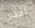
الذي